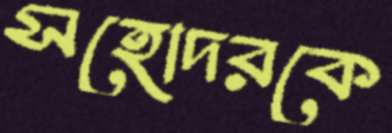
সহোদরকে